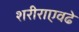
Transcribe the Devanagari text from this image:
शरीराएवढे